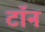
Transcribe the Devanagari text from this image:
टॉन